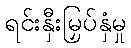
ရင်းနှီးမြှပ်နှံမှု